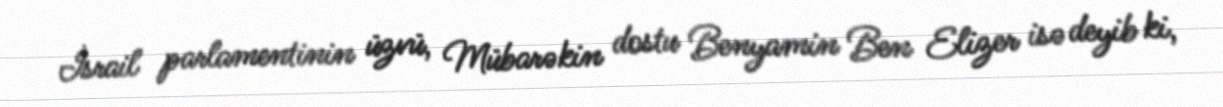
İsrail parlamentinin üzvü, Mübarəkin dostu Benyamin Ben Elizer isə deyib ki,